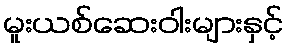
မူးယစ်ဆေးဝါးများနှင့်